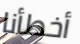
أخطأنا